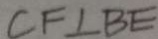
C F \bot B E